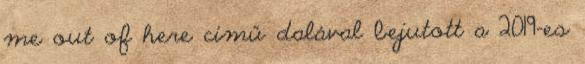
me out of here című dalával bejutott a 2019-es